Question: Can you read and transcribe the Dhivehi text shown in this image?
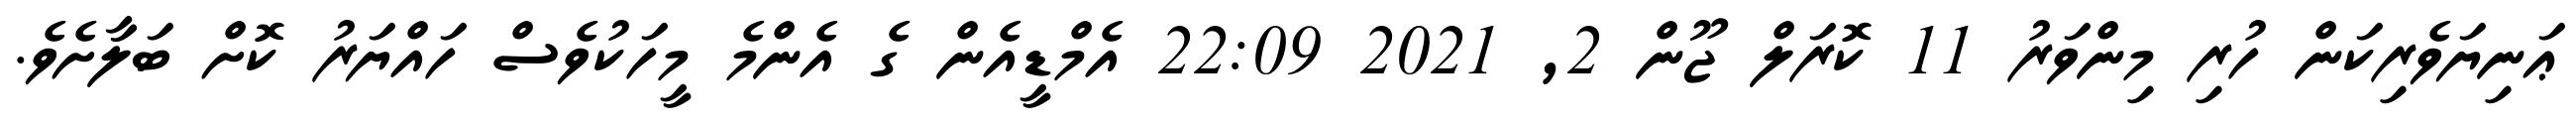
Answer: ޢަނިޔަވެރިކަން ހުރި މިންވަރު 11 ކޮރަލް ޖޫން 2, 2021 22:09 އެމްޑީއެން ގެ އެންމެ މީހަކުވެސް ހައްޔަރު ކޮށް ބަލާށެވެ.